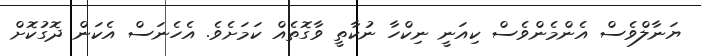
ޔަނާލްވެސް އެންމެންވެސް ކިއަނީ ނިކްހާ ނުކާތީ ވާގޮތެއް ކަމަށެވެ. އެހެނަސް އެކަން ދޮގުކޮށް